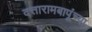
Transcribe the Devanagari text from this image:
दत्तारामबापूंच्या